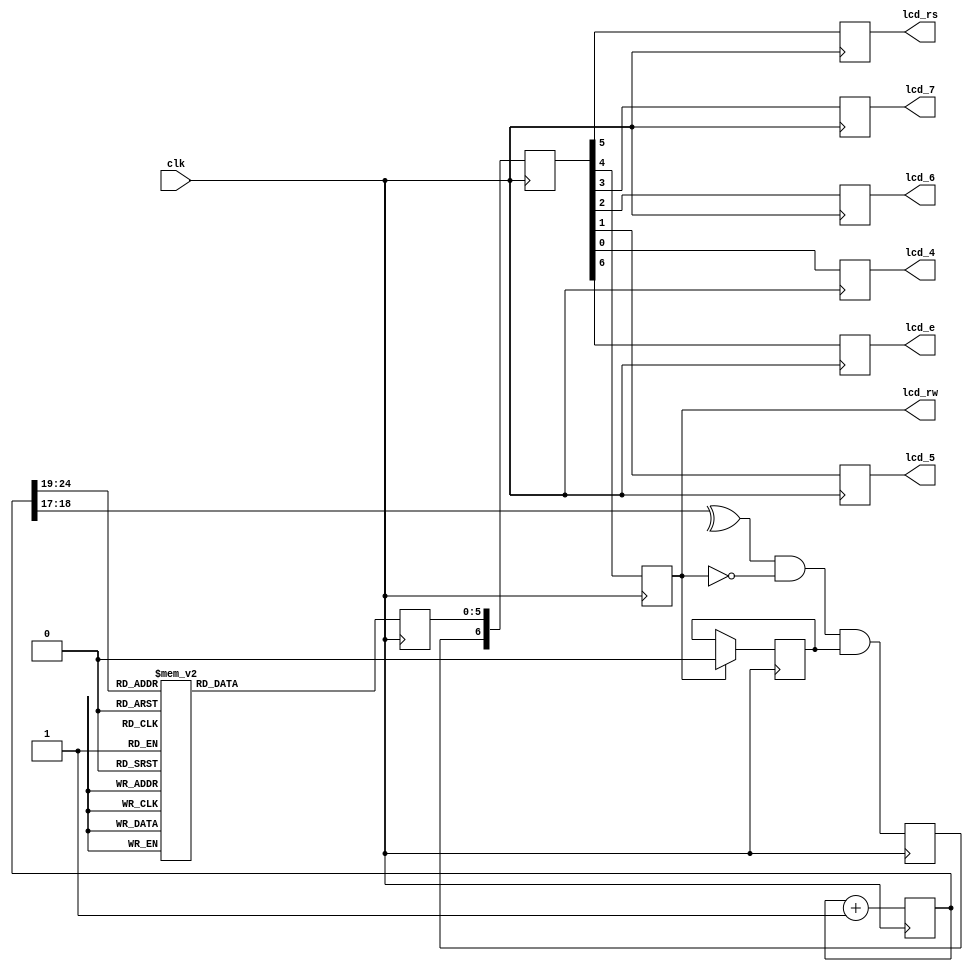
module top (clk, lcd_rs, lcd_rw, lcd_e, lcd_4, lcd_5, lcd_6, lcd_7);
                    parameter       n = 27;
                    parameter       k = 17;
input           clk;    // synthesis attribute PERIOD clk "100.0 MHz"
                    reg     [n-1:0] count=0;
                    reg             lcd_busy=1;  // Lumex LCM-S01602DTR/B
                    reg             lcd_stb;
                    reg       [5:0] lcd_code;
                    reg       [6:0] lcd_stuff;
output reg      lcd_rs;
output reg      lcd_rw;
output reg      lcd_7;
output reg      lcd_6;
output reg      lcd_5;
output reg      lcd_4;
output reg      lcd_e;

  always @ (posedge clk) begin
    count <= count + 1;
    case (count[k+7:k+2])
       0: lcd_code <= 6'b000010;    // function set
       1: lcd_code <= 6'b000010;
       2: lcd_code <= 6'b001100;
       3: lcd_code <= 6'b000000;    // display on/off control
       4: lcd_code <= 6'b001100;
       5: lcd_code <= 6'b000000;    // display clear
       6: lcd_code <= 6'b000001;
       7: lcd_code <= 6'b000000;    // entry mode set
       8: lcd_code <= 6'b000110;
       9: lcd_code <= 6'h24;        // H
      10: lcd_code <= 6'h28;
      11: lcd_code <= 6'h26;        // e
      12: lcd_code <= 6'h25;
      13: lcd_code <= 6'h26;        // l
      14: lcd_code <= 6'h2C;
      15: lcd_code <= 6'h26;        // l
      16: lcd_code <= 6'h2C;
      17: lcd_code <= 6'h26;        // o
      18: lcd_code <= 6'h2F;
      19: lcd_code <= 6'h22;        //
      20: lcd_code <= 6'h20;
      21: lcd_code <= 6'h25;        // W
      22: lcd_code <= 6'h27;
      23: lcd_code <= 6'h26;        // o
      24: lcd_code <= 6'h2F;
      25: lcd_code <= 6'h27;        // r
      26: lcd_code <= 6'h22;
      27: lcd_code <= 6'h26;        // l
      28: lcd_code <= 6'h2C;
      29: lcd_code <= 6'h26;        // d
      30: lcd_code <= 6'h24;
      31: lcd_code <= 6'h22;        // !
      32: lcd_code <= 6'h21;
      default: lcd_code <= 6'b010000;
    endcase
    if (lcd_rw)
      lcd_busy <= 0;
    lcd_stb <= ^count[k+1:k+0] & ~lcd_rw & lcd_busy;  // clkrate / 2^(k+2)
    lcd_stuff <= {lcd_stb,lcd_code};
    {lcd_e,lcd_rs,lcd_rw,lcd_7,lcd_6,lcd_5,lcd_4} <= lcd_stuff;
  end
endmodule